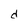
Character: d